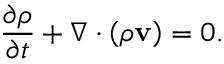
{ \frac { \partial \rho } { \partial t } } + \nabla \cdot \left( \rho \mathbf { v } \right) = 0 .